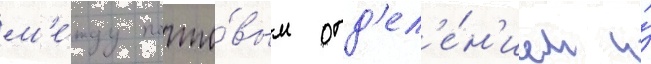
м'е́жду почто́вым отд'ел'е́н'ием и́